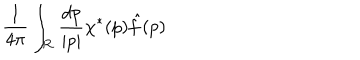
LaTeX: { \frac { 1 } { 4 \pi } } \int _ { \cal R } { \frac { d p } { | p | } } \chi ^ { * } ( p ) { \hat { f } } ( p )